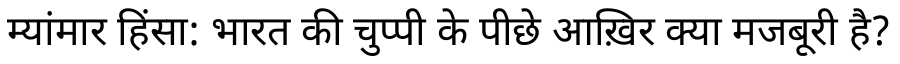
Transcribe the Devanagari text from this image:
म्यांमार हिंसा: भारत की चुप्पी के पीछे आख़िर क्या मजबूरी है?